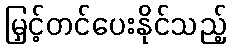
မြှင့်တင်ပေးနိုင်သည့်